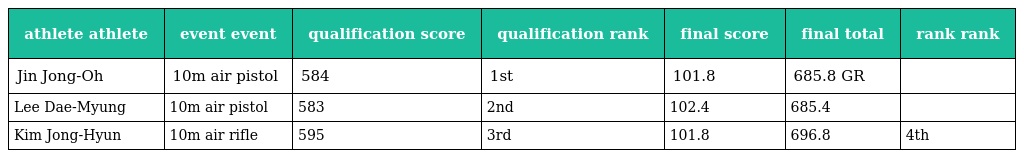
| athlete athlete | event event | qualification score | qualification rank | final score | final total | rank rank |
 | --- | --- | --- | --- | --- | --- | --- |
 | Jin Jong-Oh | 10m air pistol | 584 | 1st | 101.8 | 685.8 GR |  |
 | Lee Dae-Myung | 10m air pistol | 583 | 2nd | 102.4 | 685.4 |  |
 | Kim Jong-Hyun | 10m air rifle | 595 | 3rd | 101.8 | 696.8 | 4th |